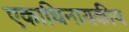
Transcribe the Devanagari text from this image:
एकाधिनायकीय